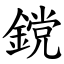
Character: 鎲